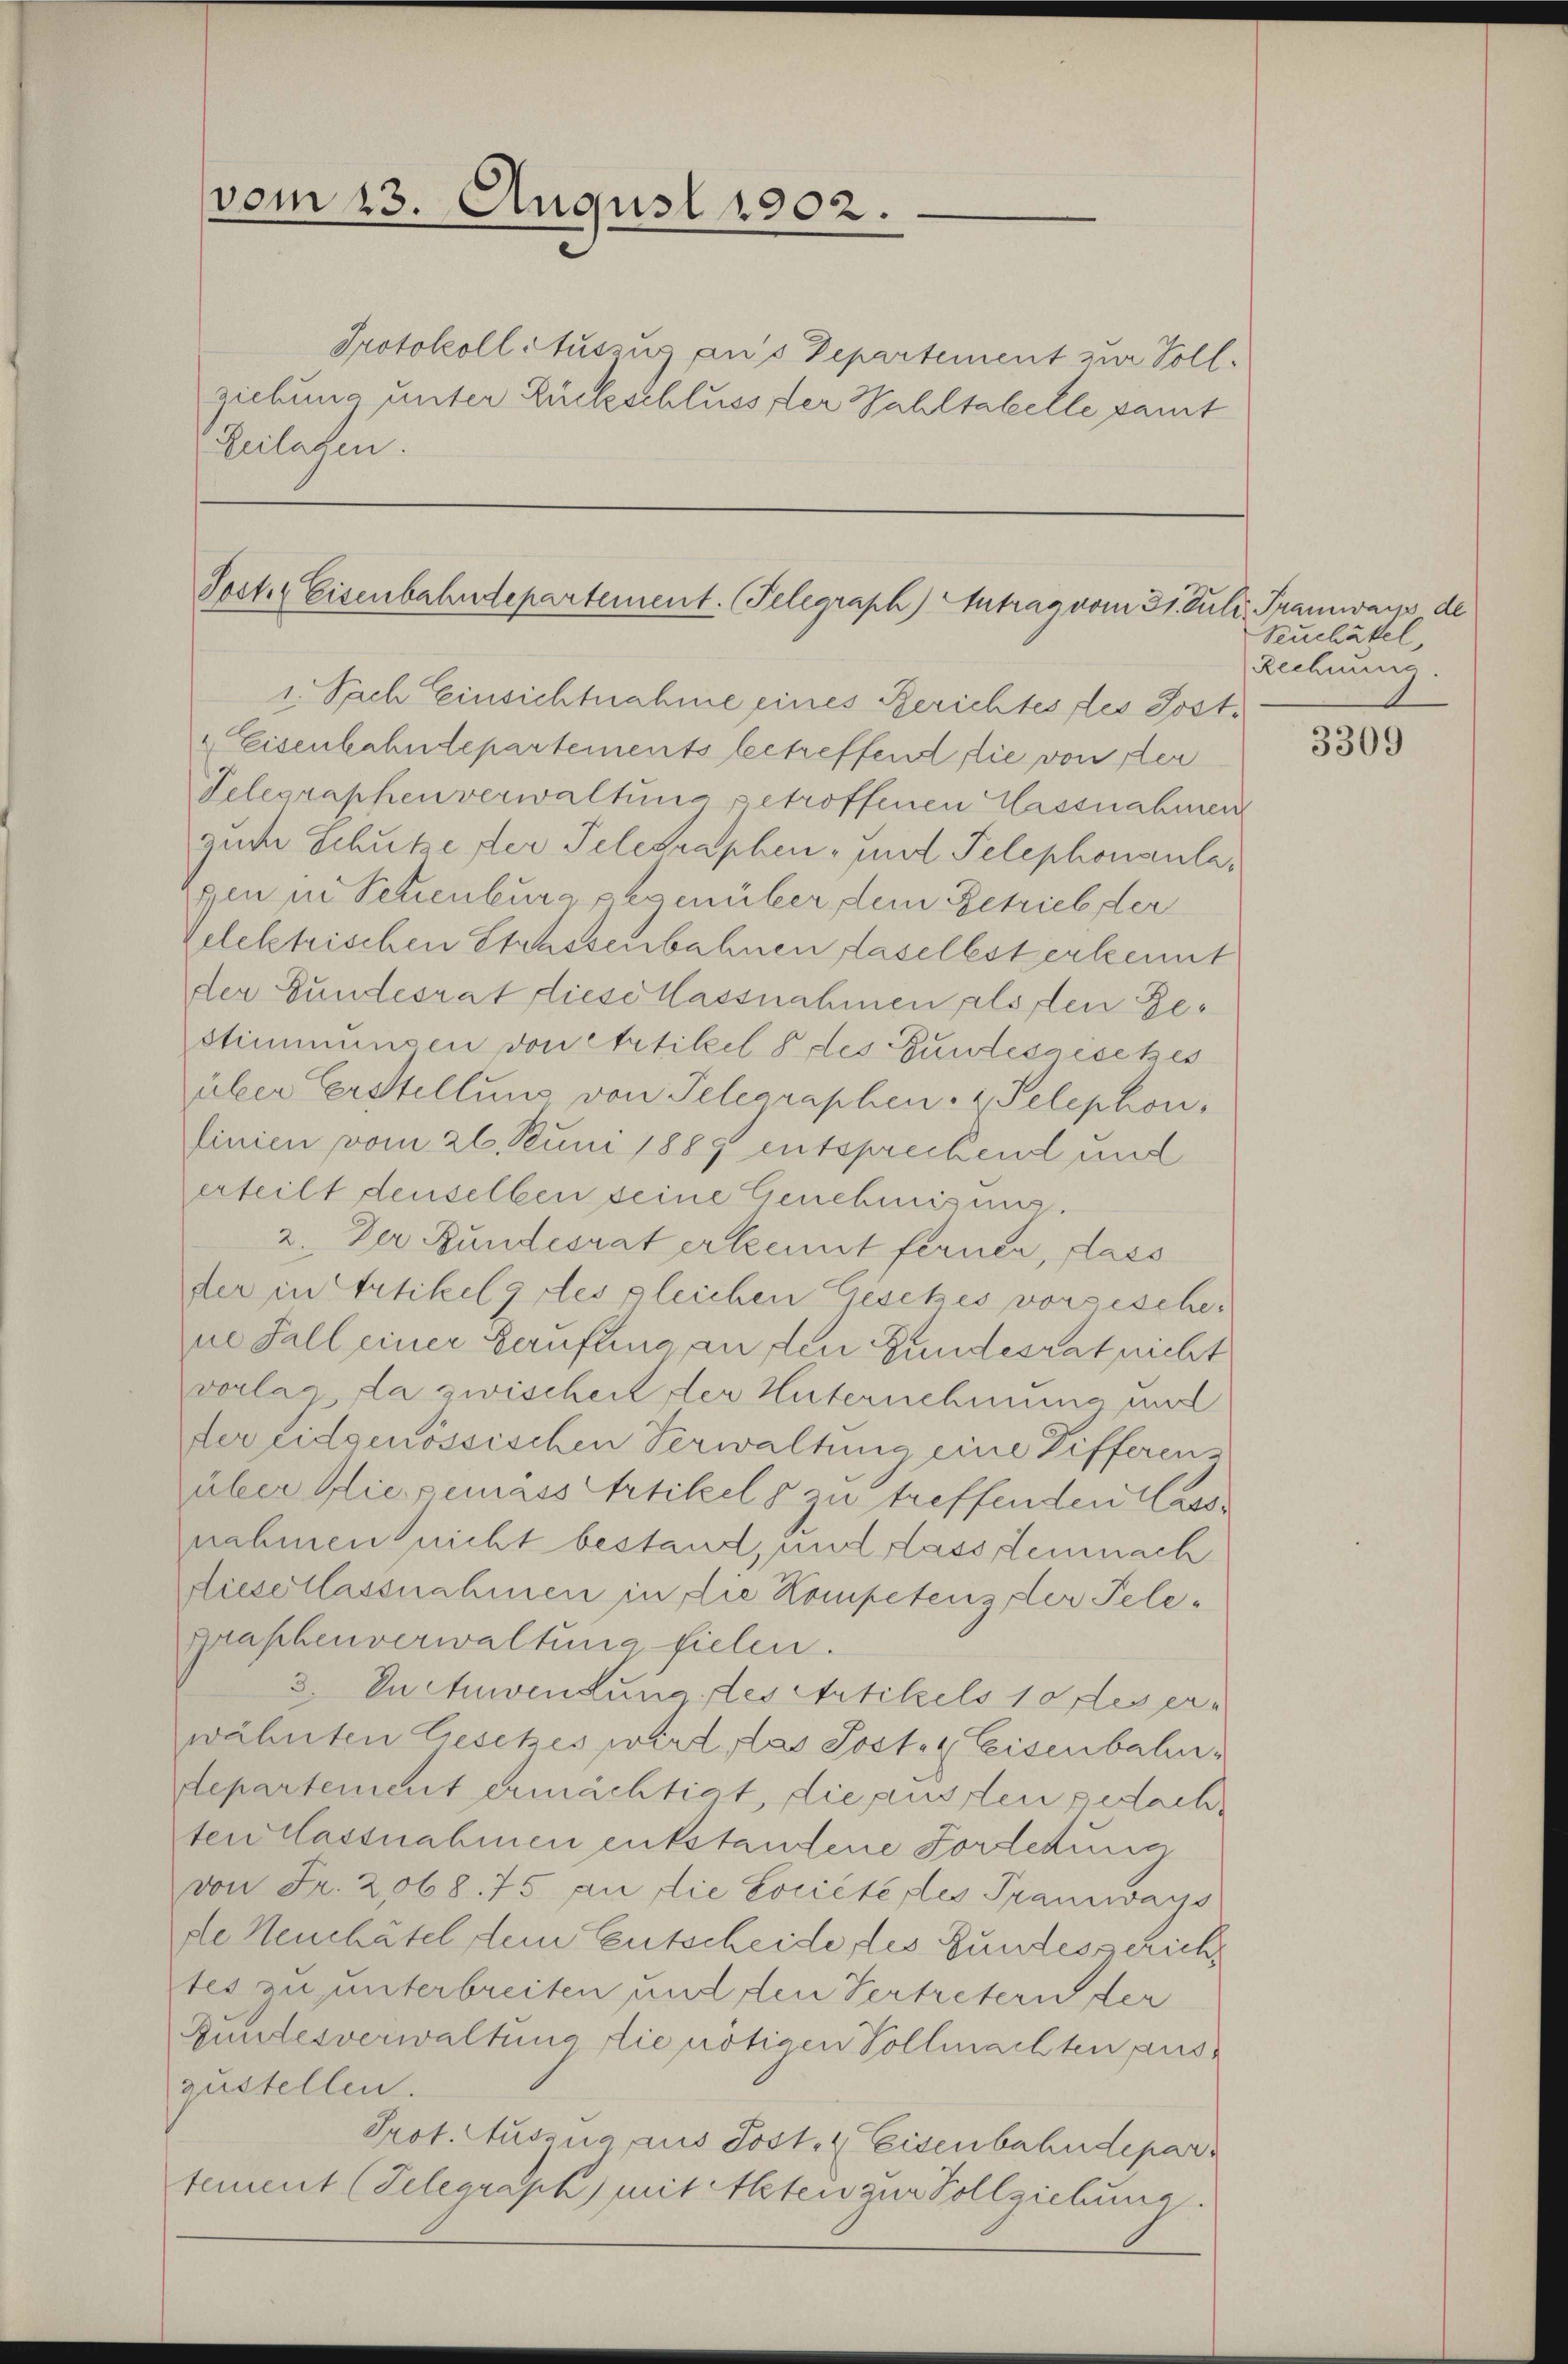
vom 23. August 1902.

Protokoll Auszug aus Departement zur Soll-
ziehung unter Rückschluss der Wahltabelle samt
Reilagen.

Post. Eisenbahndepartement. Telegraph) Antrag vom 31. Juli, Tramwarp de

1. Nach Einsichtnahme eines Berichtes des Post¬
 Eisenbahndepartements betreffend die von der
Telegraphenverwaltung getroffenen Massnahmer
zum Schutze der Telegraphen, mit Telephonanlagen in Schenburg gegenüber dein Getrieb der
zelektrischen Strassenbahnen daselbst erkennt
der Bundesrat diese Hassnahmen alsden Gestimmungen von Artikel 8 des Bundesgesetzes
über Erstellung von Telegraphen- u. Telephon,
finien vom 26. Juni 1889 entsprechend und
erteilt denselben seine Genehmigung.
2. Der Bundesrat erkennt ferner, dass
der in Artikelg des gleichen Gesetzes vorsischene Fall einer Berufung an den Gundesrat nicht
vorlas da zwischeit der Unternehmung und
der Eidgenössischen Verwaltung eine Differen-
über die gemass Artikels zu treffenden Wasse
nahmen nicht bestand, und dass demnach
diesellassnahmen in die Kompetenz der Telegraphenverwaltung fielen.
3. In Anwendung des Artikels 10 des erwähnten Gesetzes wird, das Post- & Eisenbahndepartement ermächtigt, die aussen gedachten lassnahmen entstandene Fortetung
von Fr. 2068. 75 an die Société des Tramways
de Neuchatel dein Entscheide des Gundesschrich
tes zu unterbreiten und den Vertretern der
Gundesverwaltung die nötigen Vollmachten auszustellen.
Prot. Auszua, aus Post. Eisenbahndepar
tement (Telegraph) mit Akten zur Vollziehung.

Suchäkel,
Rechnung

¬

3309